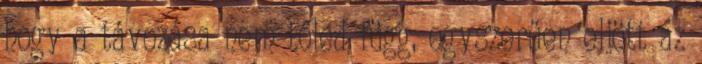
hogy a távozása nem tőled függ, egyszerűen eljött az